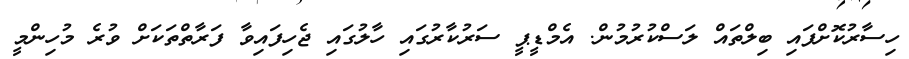
ހިސާރުކޮށްފައި ބިލްތައް ލަސްކުރުމުން. އެމްޑީޕީ ސަރުކާރުގައި ހާލުގައި ޖެހިފައިވާ ފަރާތްތަކަށް ވުރެ މުހިންމީ